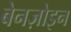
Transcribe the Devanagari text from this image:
बेनज़ोइन